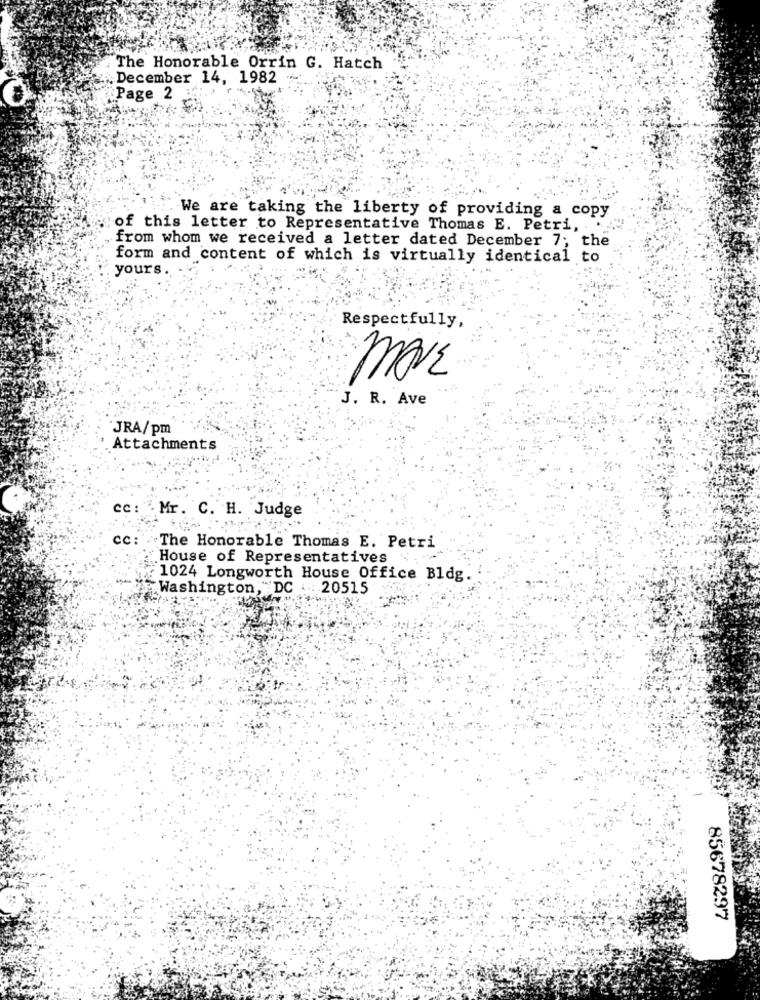
The Honorable Orrin G. Hatch
December 14, 1982
Page 2
We are taking the liberty of providing a copy
of this letter to Representative Thomas E. Petri,
from whom we received a letter dated December 7; the
form and content of which is virtually identical to
yours.
Respectfully,
move
J. R. Ave
JRA/pm
Attachments
cc: Mr. C. H. Judge
cc :
The Honorable Thomas E. Petri
House of Representatives
. 1024 Longworth House Office Bldg.
Washington, DC : 20515
85678297